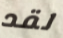
لقد